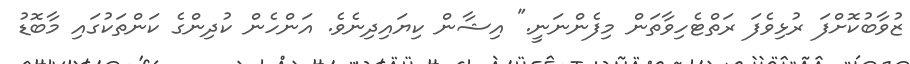
ޒުވާބުކޮށްފަ ރުޅިވެފަ ރަތްޓެހިވާތަން މިފެންނަނީ." އިޝާން ކިޔައިދިނެވެ. އަންހެން ކުދިންގެ ކަންތަކުގައި މާބޮޑު